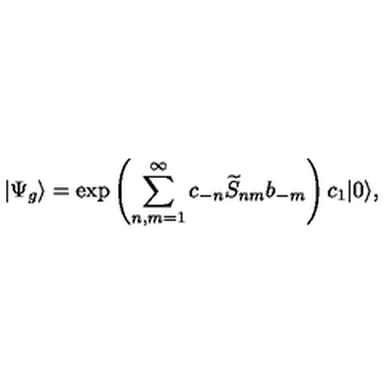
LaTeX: | \Psi _ { g } \rangle = \exp \left( \sum _ { n , m = 1 } ^ { \infty } c _ { - n } \widetilde { S } _ { n m } b _ { - m } \right) c _ { 1 } | 0 \rangle ,